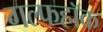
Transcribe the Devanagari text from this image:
गल्फहॉक